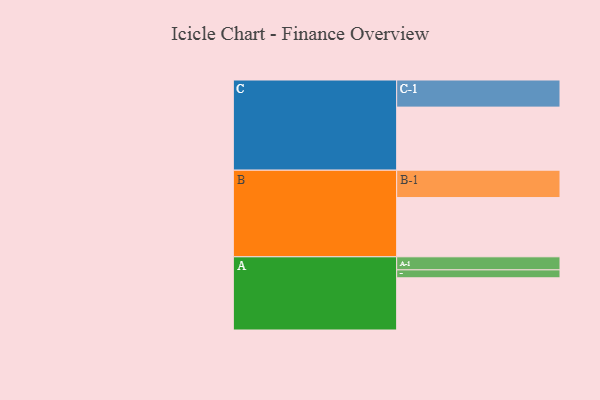
{"axis": {"x": "Segment", "y": "Value"}, "legend": ["", "A", "B", "C"], "data": [{"x": "A", "y": 460, "type": ""}, {"x": "B", "y": 522, "type": ""}, {"x": "C", "y": 556, "type": ""}, {"x": "A-1", "y": 115, "type": "A"}, {"x": "A-2", "y": 70, "type": "A"}, {"x": "B-1", "y": 241, "type": "B"}, {"x": "C-1", "y": 239, "type": "C"}]}